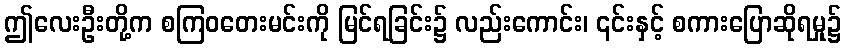
ဤလေးဦးတို့က စကြဝတေးမင်းကို မြင်ရခြင်း၌ လည်းကောင်း၊ ၎င်းနှင့် စကားပြောဆိုရမှု၌